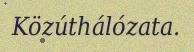
Közúthálózata.